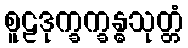
စူဠဒုက္ခက္ခန္ဓသုတ္တံ